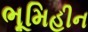
ભૂમિહીન